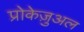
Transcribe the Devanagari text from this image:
प्रोकेज़ुअल